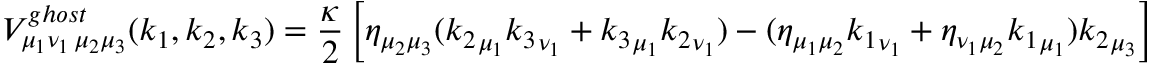
{ \cal V } _ { { \mu _ { 1 } } { \nu _ { 1 } } \, { \mu _ { 2 } } { \mu _ { 3 } } } ^ { g h o s t } ( k _ { 1 } , k _ { 2 } , k _ { 3 } ) = \frac \kappa 2 \left[ \eta _ { { \mu _ { 2 } } { \mu _ { 3 } } } ( { k _ { 2 } } _ { \mu _ { 1 } } { k _ { 3 } } _ { \nu _ { 1 } } + { k _ { 3 } } _ { \mu _ { 1 } } { k _ { 2 } } _ { \nu _ { 1 } } ) - ( \eta _ { { \mu _ { 1 } } { \mu _ { 2 } } } { k _ { 1 } } _ { \nu _ { 1 } } + \eta _ { { \nu _ { 1 } } { \mu _ { 2 } } } { k _ { 1 } } _ { \mu _ { 1 } } ) { k _ { 2 } } _ { \mu _ { 3 } } \right] .